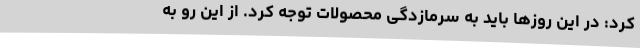
کرد: در این روزها باید به سرمازدگی محصولات توجه کرد. از این رو به